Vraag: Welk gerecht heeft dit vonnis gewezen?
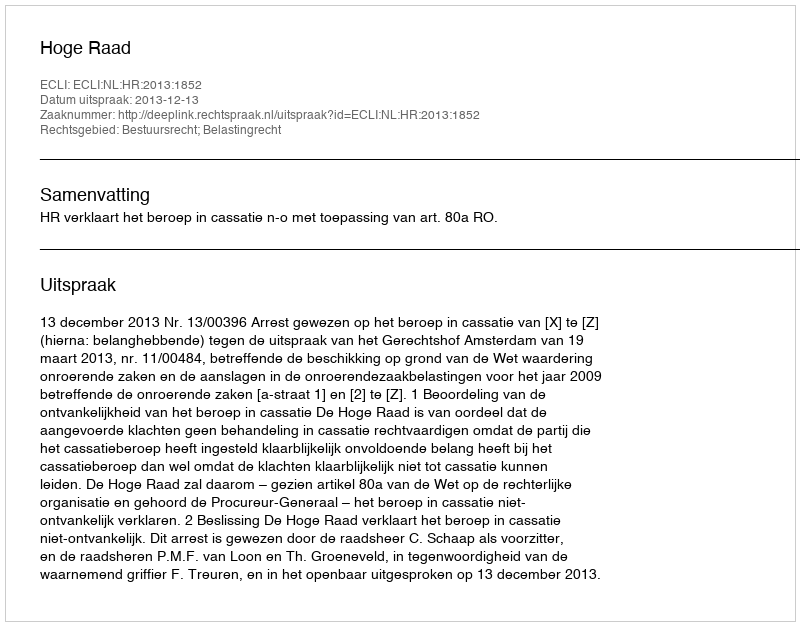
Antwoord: Hoge Raad